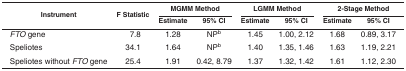
<table><thead><tr><td rowspan="2"><b>Instrument</b></td><td rowspan="2"><b>F Statistic</b></td><td colspan="2"><b>MGMM Method</b></td><td colspan="2"><b>LGMM Method</b></td><td colspan="2"><b>2-Stage Method</b></td></tr><tr><td><b>Estimate</b></td><td><b>95% CI</b></td><td><b>Estimate</b></td><td><b>95% CI</b></td><td><b>Estimate</b></td><td><b>95% CI</b></td></tr></thead><tbody><tr><td><i>FTO</i> gene</td><td>7.8</td><td>1.28</td><td>NP<sup>b</sup></td><td>1.45</td><td>1.00, 2.12</td><td>1.68</td><td>0.89, 3.17</td></tr><tr><td>Speliotes</td><td>34.1</td><td>1.64</td><td>NP<sup>b</sup></td><td>1.40</td><td>1.35, 1.46</td><td>1.63</td><td>1.19, 2.21</td></tr><tr><td>Speliotes without <i>FTO</i> gene</td><td>25.4</td><td>1.91</td><td>0.42, 8.79</td><td>1.37</td><td>1.32, 1.42</td><td>1.61</td><td>1.12, 2.30</td></tr></tbody></table>